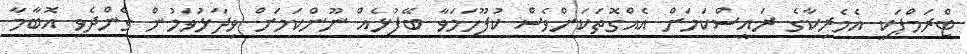
ޓްރަމްޕަކީ އެމެރިކާގެ ރައީސްކަމަށް އެއްގޮތަކަށްވެސް ކުފޫހަމަވާ ބޭފުޅެއް ނޫންކަމަށް ވިދާޅުވަމުން ގެންދެވި އޮބާމާ